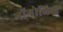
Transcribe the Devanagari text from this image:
भॉगोलिक